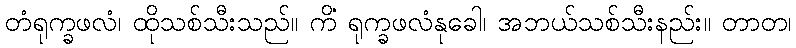
တံရုက္ခဖလံ၊ ထိုသစ်သီးသည်။ ကိံ ရုက္ခဖလံနုခေါ၊ အဘယ်သစ်သီးနည်း။ တာတ၊